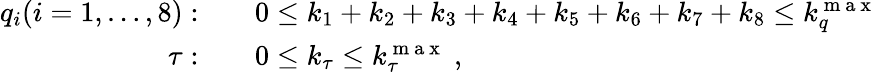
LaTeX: \begin{array}{rl}{q_{i}(i=1,\ldots,8):\quad}&{{}0\le k_{1}+k_{2}+k_{3}+k_{4}+k_{5}+k_{6}+k_{7}+k_{8}\le k_{q}^{\mathrm{~m~a~x~}}}\\ {\tau:\quad}&{{}0\le k_{\tau}\le k_{\tau}^{\mathrm{~m~a~x~}}\; ,}\end{array}